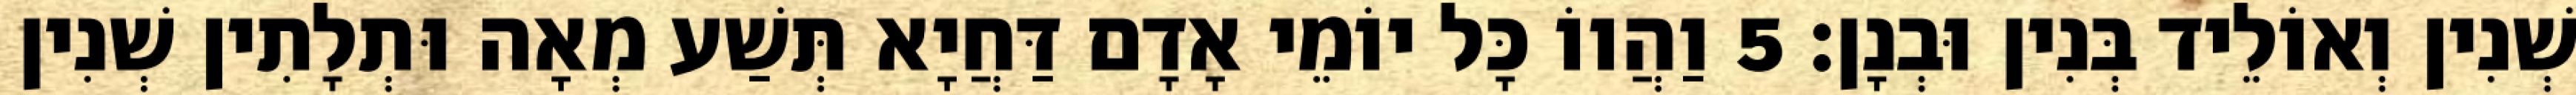
שְׁנִין וְאוֹלֵיד בְּנִין וּבְנָן׃ 5 וַהֲווֹ כָּל יוֹמֵי אָדָם דַּחֲיָא תְּשַׁע מְאָה וּתְלָתִין שְׁנִין